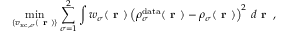
\operatorname* { m i n } _ { \{ v _ { \mathrm { x c } , \sigma } ( \boldsymbol { \textbf { r } } ) \} } \sum _ { \sigma = 1 } ^ { 2 } \int w _ { \sigma } ( \boldsymbol { \textbf { r } } ) \left( \rho _ { \sigma } ^ { \mathrm { d a t a } } ( \boldsymbol { \textbf { r } } ) - \rho _ { \sigma } ( \boldsymbol { \textbf { r } } ) \right) ^ { 2 } \, d \boldsymbol { \textbf { r } } \, ,